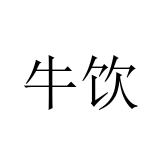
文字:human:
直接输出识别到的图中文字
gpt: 牛饮